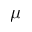
\mu